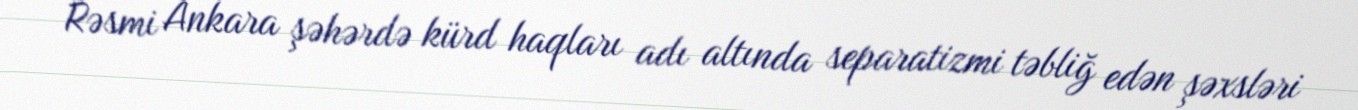
Rəsmi Ankara şəhərdə kürd haqları adı altında separatizmi təbliğ edən şəxsləri